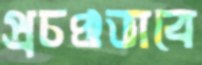
প্রচণ্ডভাবে